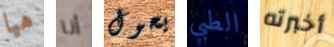
هيا أنا يحول الطبي أخبرته